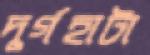
দুর্গহাটা